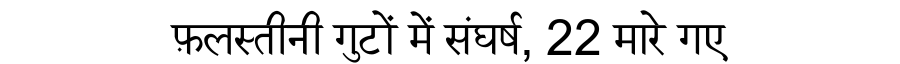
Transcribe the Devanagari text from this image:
फ़लस्तीनी गुटों में संघर्ष, 22 मारे गए